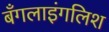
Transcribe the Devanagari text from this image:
बँगलाइंगलिश